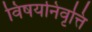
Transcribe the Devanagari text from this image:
विषयनिवृत्ति